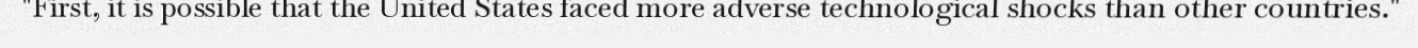
"First, it is possible that the United States faced more adverse technological shocks than other countries."